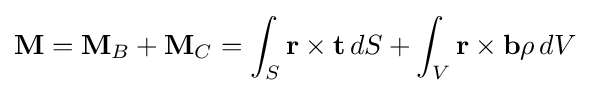
\mathbf {M} =\mathbf {M} _{B}+\mathbf {M} _{C}=\int _{S}\mathbf {r} \times \mathbf {t} \,dS+\int _{V}\mathbf {r} \times \mathbf {b} \rho \,dV